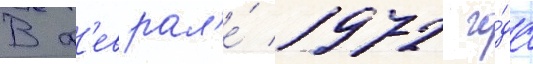
В ф'еврал'е́ 1972 го́да